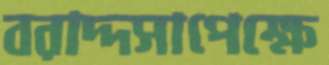
বরাদ্দসাপেক্ষে